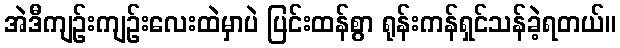
အဲဒီကျဉ်းကျဉ်းလေးထဲမှာပဲ ပြင်းထန်စွာ ရုန်းကန်ရှင်သန်ခဲ့ရတယ်။